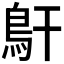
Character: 𩾝